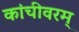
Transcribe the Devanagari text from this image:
कांचीवरम्